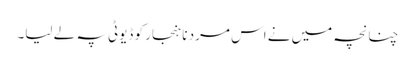
چنانچہ میں نے اس مرد نا ہنجار کو ڈیوٹی پہ لے لیا۔